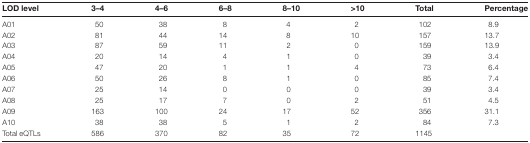
<table><thead><tr><td><b>LOD level</b></td><td><b>3–4</b></td><td><b>4–6</b></td><td><b>6–8</b></td><td><b>8–10</b></td><td><b>&gt;10</b></td><td><b>Total</b></td><td><b>Percentage</b></td></tr></thead><tbody><tr><td>A01</td><td>50</td><td>38</td><td>8</td><td>4</td><td>2</td><td>102</td><td>8.9</td></tr><tr><td>A02</td><td>81</td><td>44</td><td>14</td><td>8</td><td>10</td><td>157</td><td>13.7</td></tr><tr><td>A03</td><td>87</td><td>59</td><td>11</td><td>2</td><td>0</td><td>159</td><td>13.9</td></tr><tr><td>A04</td><td>20</td><td>14</td><td>4</td><td>1</td><td>0</td><td>39</td><td>3.4</td></tr><tr><td>A05</td><td>47</td><td>20</td><td>1</td><td>1</td><td>4</td><td>73</td><td>6.4</td></tr><tr><td>A06</td><td>50</td><td>26</td><td>8</td><td>1</td><td>0</td><td>85</td><td>7.4</td></tr><tr><td>A07</td><td>25</td><td>14</td><td>0</td><td>0</td><td>0</td><td>39</td><td>3.4</td></tr><tr><td>A08</td><td>25</td><td>17</td><td>7</td><td>0</td><td>2</td><td>51</td><td>4.5</td></tr><tr><td>A09</td><td>163</td><td>100</td><td>24</td><td>17</td><td>52</td><td>356</td><td>31.1</td></tr><tr><td>A10</td><td>38</td><td>38</td><td>5</td><td>1</td><td>2</td><td>84</td><td>7.3</td></tr><tr><td>Total eQTLs</td><td>586</td><td>370</td><td>82</td><td>35</td><td>72</td><td>1145</td><td></td></tr></tbody></table>